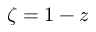
\zeta = 1 - z